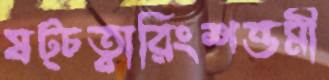
ষট্‌চত্বারিংশত্তমী